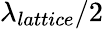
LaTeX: \lambda_{lattice}/2